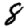
Digit: 8